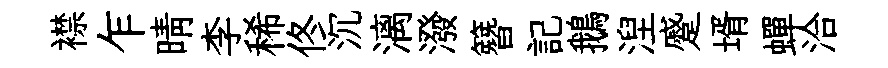
襟乍晴李稀佟沉漓潑簪記鵝湼蹙壻蟬洽